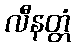
လီနတ္တံ